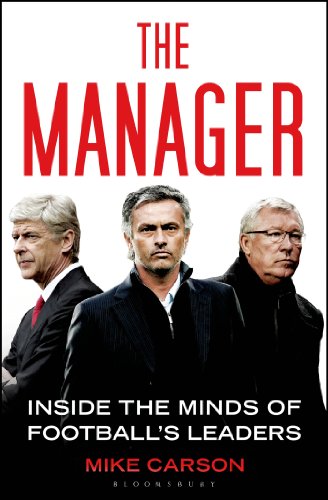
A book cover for The Manager: Inside the Minds of Football's Leaders; Mike Carson; Sports & Outdoors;